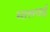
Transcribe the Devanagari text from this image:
मालवई